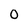
Character: 0